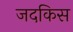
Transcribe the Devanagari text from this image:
जदकिस